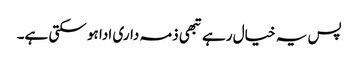
پس یہ خیال رہے تبھی ذمہ داری ادا ہو سکتی ہے۔